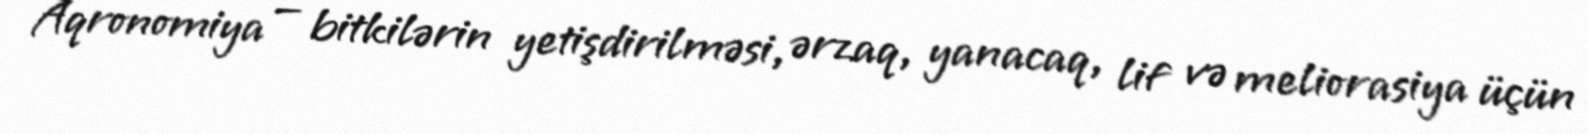
Aqronomiya — bitkilərin yetişdirilməsi, ərzaq, yanacaq, lif və meliorasiya üçün